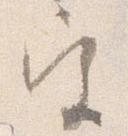
宮